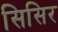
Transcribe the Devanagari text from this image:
सिसिर